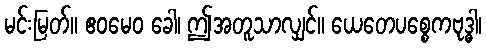
မင်းမြတ်။ ဧဝမေဝ ခေါ၊ ဤအတူသာလျှင်။ ယေတေပစ္စေကဗုဒ္ဓါ၊